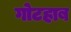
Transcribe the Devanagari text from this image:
गोटहाब